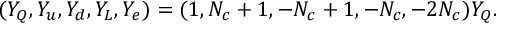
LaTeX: ( Y _ { Q } , Y _ { u } , Y _ { d } , Y _ { L } , Y _ { e } ) = ( 1 , N _ { c } + 1 , - N _ { c } + 1 , - N _ { c } , - 2 N _ { c } ) Y _ { Q } .